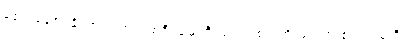
မစွမ်းဆောင်နိုင်ဘဲ။ မဟာပထဝီ၊ မြေကြီးသည်။ စလတိ၊ ရွေ့ရှား၏။ ကမ္ပတိ၊